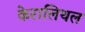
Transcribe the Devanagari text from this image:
केरालिथल